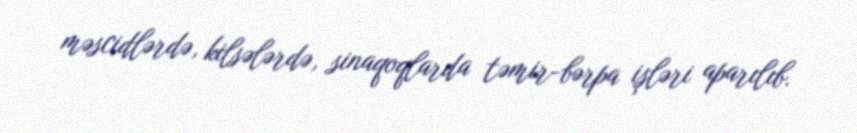
məscidlərdə, kilsələrdə, sinaqoqlarda təmir-bərpa işləri aparılıb.